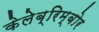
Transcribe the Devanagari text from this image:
केलेब्रिम्बोर